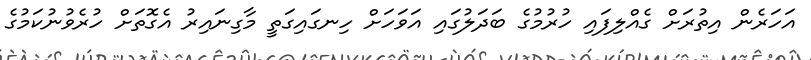
އަހަރެން އިތުރަށް ގެއްލިފައި ހުރުމުގެ ބަދަލުގައި އަވަހަށް ހިނގައިގަތީ މާގިނައިރު އެގޮތަށް ހުރެވުނުކަމުގެ